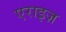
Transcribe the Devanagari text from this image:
एराइज़